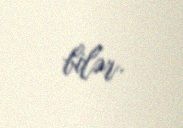
bilər.